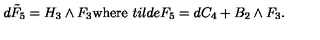
d \tilde { F } _ { 5 } = H _ { 3 } \wedge F _ { 3 } \mathrm { w h e r e } \ t i l d e { F } _ { 5 } = d C _ { 4 } + B _ { 2 } \wedge F _ { 3 } .